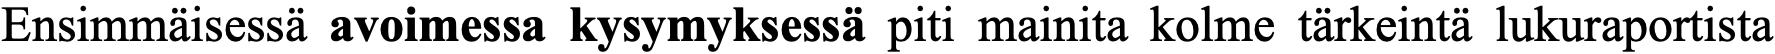
Ensimmäisessä avoimessa kysymyksessä piti mainita kolme tärkeintä lukuraportista